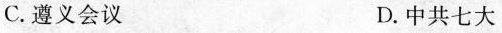
C.遵义会议 D.中共七大